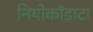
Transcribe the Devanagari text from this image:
नियोकॉडाटा